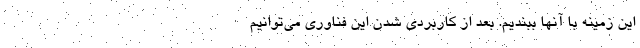
این زمینه با آنها ببندیم. بعد از کاربردی شدن این فناوری می‌توانیم